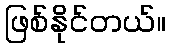
ဖြစ်နိုင်တယ်။